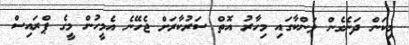
މިކަން ދަނެގެން ލަންކާގައި މިހާރު އޮތް ސަރުކާރަށް ޖެހޭނެ އެމީހުން މީގެ ޕްރައިސް